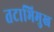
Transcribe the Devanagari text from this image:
तटाभिमुख